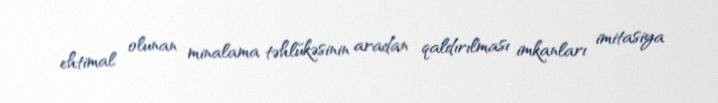
ehtimal olunan minalama təhlükəsinin aradan qaldırılması imkanları imitasiya